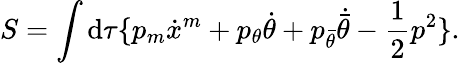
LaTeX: S=\int\mathrm{d}\tau\{ p_{m}\dot{{x}}^{m}+p_{\theta}\dot{{\theta}}+p_{\bar{{\theta}}}\dot{{\bar{{\theta}}}}-\frac{1}{2}p^{2}\} .